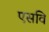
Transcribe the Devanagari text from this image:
एसवि